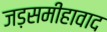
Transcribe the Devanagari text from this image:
जड़समीहावाद